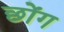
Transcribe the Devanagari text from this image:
छोंग